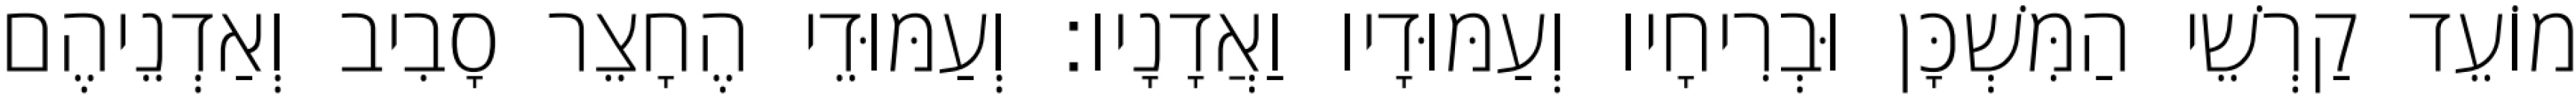
מוֹעֵד קַרְשֵׁי הַמִּשְׁכָּן וּבְרִיחָיו וְעַמּוּדָיו וַאֲדָנָיו׃ וְעַמּוּדֵי הֶחָצֵר סָבִיב וְאַדְנֵיהֶם